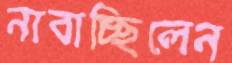
নাবাচ্ছিলেন